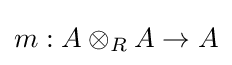
m:A\otimes _{R}A\to A